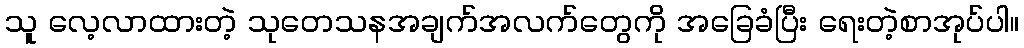
သူ လေ့လာထားတဲ့ သုတေသနအချက်အလက်တွေကို အခြေခံပြီး ရေးတဲ့စာအုပ်ပါ။